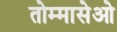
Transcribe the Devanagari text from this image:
तोम्मासेओ